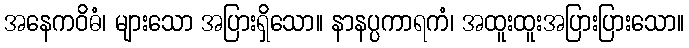
အနေကဝိဓံ၊ များသော အပြားရှိသော။ နာနပ္ပကာရကံ၊ အထူးထူးအပြားပြားသော။